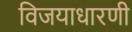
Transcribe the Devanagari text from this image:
विजयाधारणी